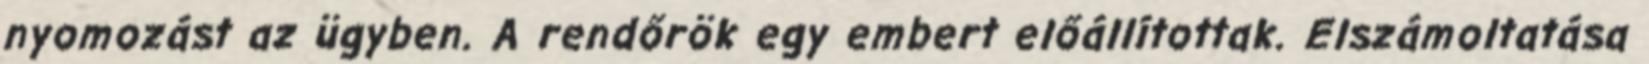
nyomozást az ügyben. A rendőrök egy embert előállítottak. Elszámoltatása